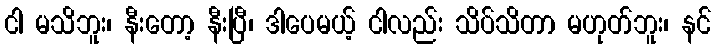
ငါ မသိဘူး၊ နီးတော့ နီးပြီ၊ ဒါပေမယ့် ငါလည်း သိပ်သိတာ မဟုတ်ဘူး၊ နင်